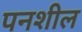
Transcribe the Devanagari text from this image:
पनशील